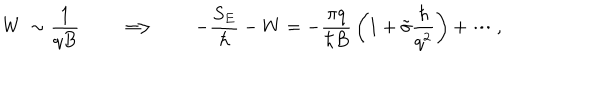
LaTeX: W \: \sim \frac { 1 } { q B } \qquad \Longrightarrow \qquad - \frac { S _ { E } } { \hbar } - W = - \frac { \pi q } { \hbar B } \, \biggl ( 1 + \tilde { \sigma } \frac { \hbar } { q ^ { 2 } } \biggr ) + \cdots ,